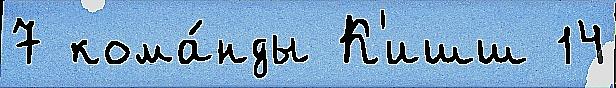
7 кома́нды К'ишш 14